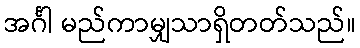
အင်္ဂါ မည်ကာမျှသာရှိတတ်သည်။